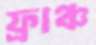
ফ্রাঞ্চ